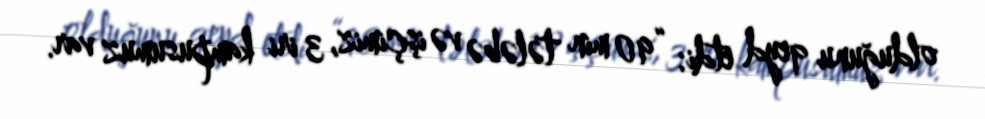
olduğunu qeyd etdi: “90 min tələbə və işçimiz, 3 iri kampusumuz var.